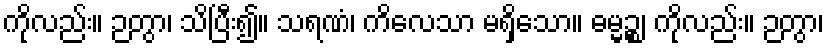
ကိုလည်း။ ဉတွာ၊ သိပြီး၍။ သရဏံ၊ ကိလေသာ မရှိသော။ ဓမ္မဉ္စ၊ ကိုလည်း။ ဉတွာ၊